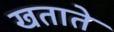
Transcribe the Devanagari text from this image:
खताते